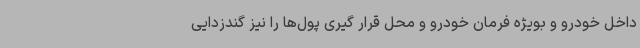
داخل خودرو و بویژه فرمان خودرو و محل قرار گیری پول‌ها را نیز گندزدایی